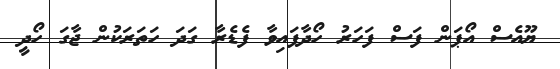
ޔޫއެސް އޯޕަން ފަސް ފަހަރު ހޯދާފައިވާ ފެޑެރާ ގަދަ ހަތަރަކުން ޖާގަ ހޯދީ